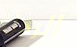
الرجل